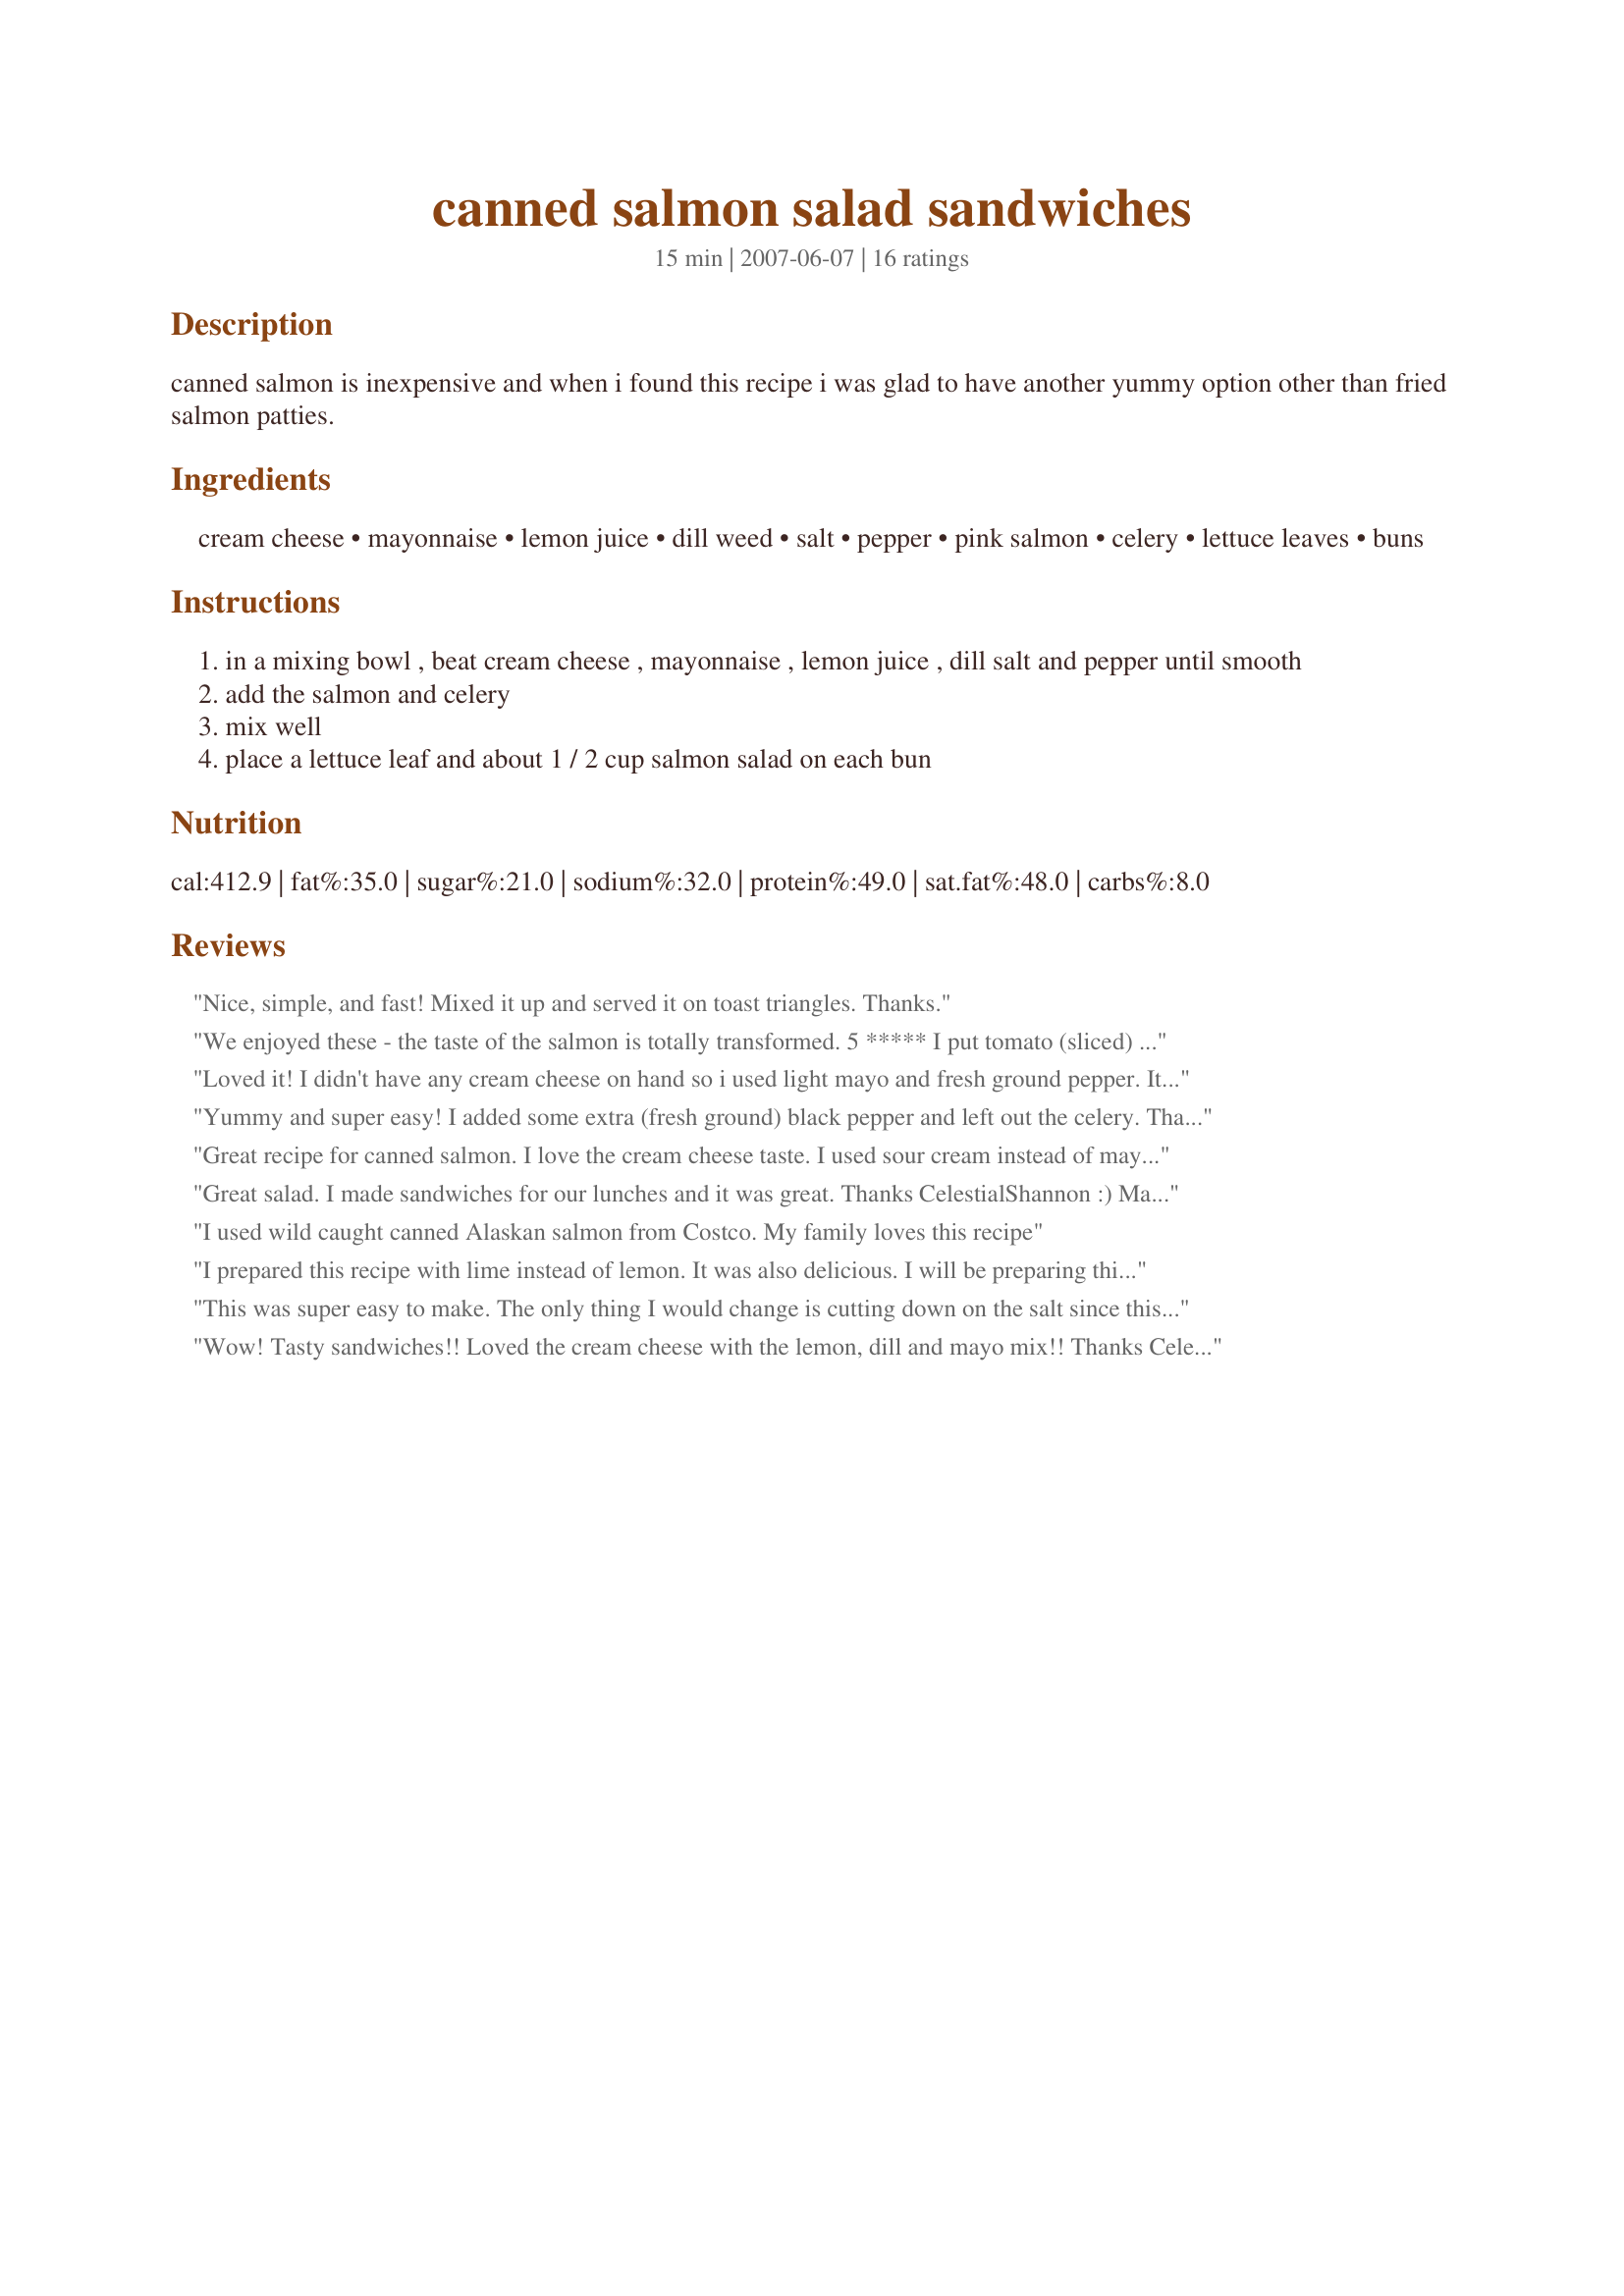
canned salmon salad sandwiches
Preparation time: 15 minutes

canned salmon is inexpensive and when i found this recipe i was glad to have another yummy option other than fried salmon patties.

Ingredients:
cream cheese, mayonnaise, lemon juice, dill weed, salt, pepper, pink salmon, celery, lettuce leaves, buns

Steps:
in a mixing bowl , beat cream cheese , mayonnaise , lemon juice , dill salt and pepper until smooth
add the salmon and celery
mix well
place a lettuce leaf and about 1 / 2 cup salmon salad on each bun

Reviews:
Nice, simple, and fast! Mixed it up and served it on toast triangles. Thanks.
We enjoyed these - the taste of the salmon is totally transformed. 5 ***** I put tomato (sliced) in the buns, on top of the filling and they were really tasty. thanks
Loved it! I didn't have any cream cheese on hand so i used light mayo and fresh ground pepper. It worked out well. I will definately be making this again. Can't wait to try it with the cheese!
Yummy and super easy! I added some extra (fresh ground) black pepper and left out the celery. Thanks for the recipe!
Great recipe for canned salmon. I love the cream cheese taste. I used sour cream instead of mayo, light cream cheese and also added some red bell pepper and olives just because I had them.
Great salad. I made sandwiches for our lunches and it was great. Thanks CelestialShannon :) Made for Cookbook tag game
I used wild caught canned Alaskan salmon from Costco. My family loves this recipe
I prepared this recipe with lime instead of lemon. It was also delicious. I will be preparing this salad frequently and soon again.
This was super easy to make. The only thing I would change is cutting down on the salt since this was way too salty. If using the canned Salmon it already has sodium in it so consider this if you try making this recipe for the first time. I will definitely try this recipe again (minus the salt).
Wow! Tasty sandwiches!! Loved the cream cheese with the lemon, dill and mayo mix!! Thanks CelestialShannon! Will be making those again!! :)
i used grilled salmon. i had to adjust the amt of mayo as canned salmon is moister. it is a lovely dish. i used brick cream cheese but actually will use whipped cream cheese next time as it mixes more easily and has a nice trexture. i added chopped scallions and omitted dill as i didnt have fresh and dont like to use dried. highly recommended easy to prepare dish.
Great idea using cream cheese the wife and i just loved it....thanks for posting.
Good alternative when fresh salmon is not in the house :) I used Greek Yogurt instead of mayo/cream cheese. Very good. Might add a touch of horseradish next time. Fresh alternative to tuna.
Very tasty and quick recipe.
I made this today and it is such an awesome recipe I just had to rate this. I've made a similar one with nearly all the same ingredients except it is a cheese ball that that has no dill and you add a tsp of liquid smoke. Roll into a ball and chill overnight. Roll ball in chopped walnuts mixed with parsley. Serve with crackers.
Yum! I had a few cans of salmon from Trader Joe's that I didn't know what to do with. Made a great quick lunch! Thank you!
